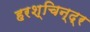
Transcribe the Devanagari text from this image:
हरश्चिन्द्र